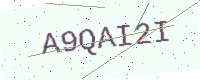
Text: A9QAI2I